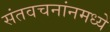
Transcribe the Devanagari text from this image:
संतवचनांनमध्ये